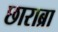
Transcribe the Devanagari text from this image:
छाराब्रा